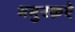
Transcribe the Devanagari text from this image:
भमुरक़ऐ